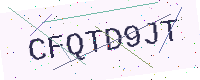
Text: CFQTD9JT